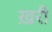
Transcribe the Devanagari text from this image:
ख़री